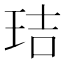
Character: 𤥐